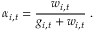
\alpha _ { i , t } = \frac { w _ { i , t } } { g _ { i , t } + w _ { i , t } } \; .